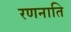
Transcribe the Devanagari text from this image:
रणनाति